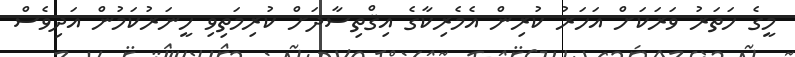
މީގެ ހަތަރު ވަރަކަށް އަހަރު ކުރިން އެމެރިކާގެ އިޤްތިސާދަށް ކުރިމަތިވި ހީނަރުކަމުން އަދިވެސް